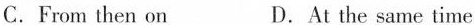
C.From then on D.At the same time